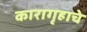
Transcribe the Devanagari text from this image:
कारागृहाचे